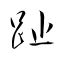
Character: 趾